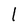
Character: 1